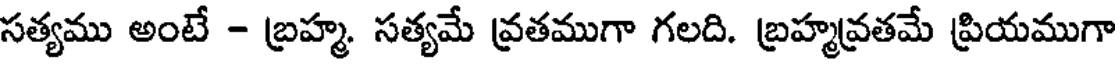
సత్యము అంటే - బ్రహ్మ. సత్యమే వ్రతముగా గలది. బ్రహ్మవ్రతమే ప్రియముగా